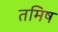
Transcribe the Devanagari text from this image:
तमिष